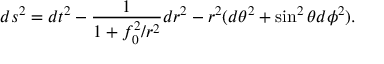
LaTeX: d s ^ { 2 } = d t ^ { 2 } - \frac { 1 } { 1 + f _ { 0 } ^ { 2 } / r ^ { 2 } } d r ^ { 2 } - r ^ { 2 } ( d \theta ^ { 2 } + \sin ^ { 2 } \theta d \phi ^ { 2 } ) .